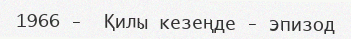
1966 -  Қилы кезеңде - эпизод